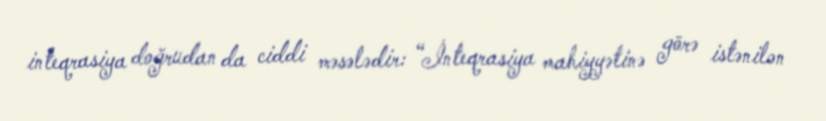
inteqrasiya doğrudan da ciddi məsələdir: “İnteqrasiya mahiyyətinə görə istənilən